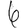
Digit: 6